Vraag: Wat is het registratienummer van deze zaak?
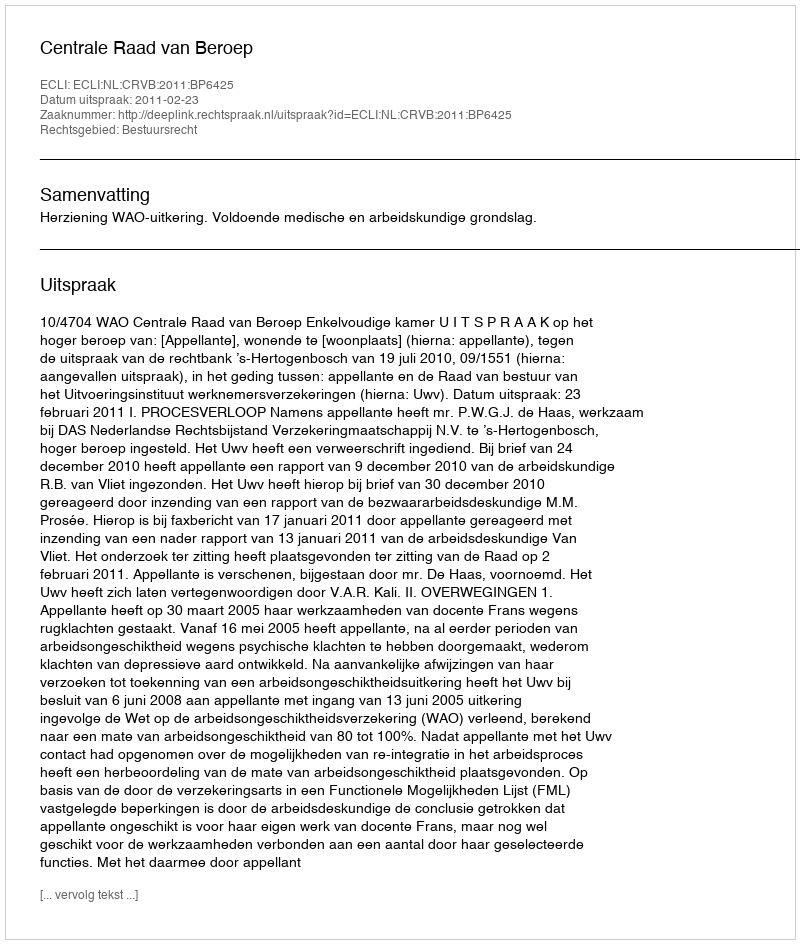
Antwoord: http://deeplink.rechtspraak.nl/uitspraak?id=ECLI:NL:CRVB:2011:BP6425